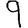
Digit: 9